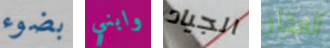
بضوء وابني الجياد العقار